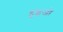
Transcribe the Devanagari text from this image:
हुइजो